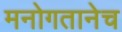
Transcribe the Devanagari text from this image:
मनोगतानेच